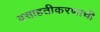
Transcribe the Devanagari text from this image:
वसाहतीकरणाची